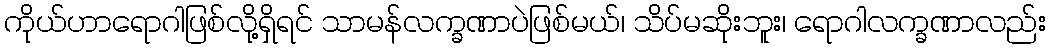
ကိုယ်ဟာရောဂါဖြစ်လို့ရှိရင် သာမန်လက္ခဏာပဲဖြစ်မယ်၊ သိပ်မဆိုးဘူး၊ ရောဂါလက္ခဏာလည်း